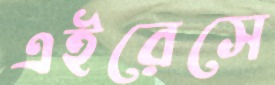
এইরেসে